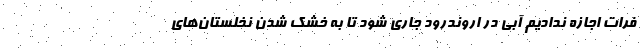
فرات اجازه ندادیم آبی در اروندرود جاری شود تا به خشک شدن نخلستان‌های